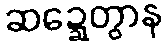
ဆဍ္ဍေတွာန